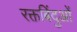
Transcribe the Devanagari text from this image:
रक्तबिंदुओं